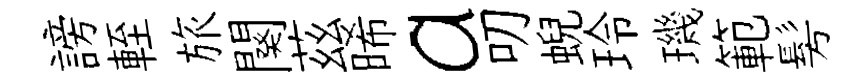
謗輊旅闋茲晞a叨蜺玲璣範髣